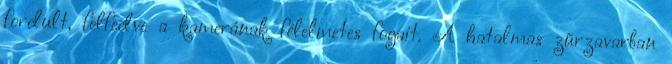
fordult, felfedve a kamerának félelmetes fogait. A hatalmas zűrzavarban